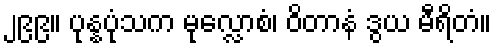
၂၉၉။ ပုန္နပုံသက မုလ္လောစံ၊ ဝိတာနံ ဒွယ မီရိတံ။